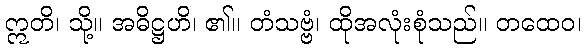
ဣတိ၊ သို့။ အဓိဋ္ဌဟိ၊ ၏။ တံသဗ္ဗံ၊ ထိုအလုံးစုံသည်။ တထေဝ၊